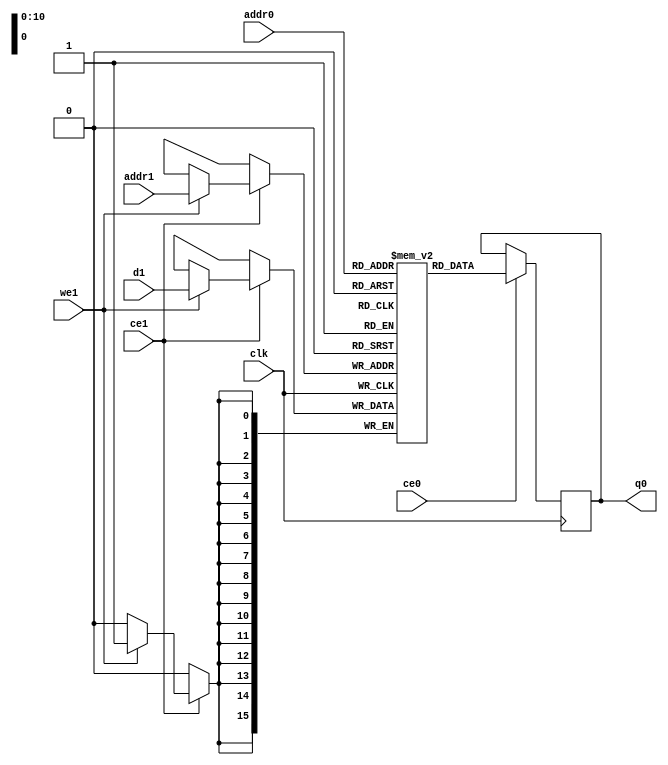
// ==============================================================
// File generated by Vivado(TM) HLS - High-Level Synthesis from C, C++ and SystemC
// Version: 2017.4
// Copyright (C) 1986-2017 Xilinx, Inc. All Rights Reserved.
// 
// ==============================================================

`timescale 1 ns / 1 ps
module line_buffer_12_bucud_ram (addr0, ce0, q0, addr1, ce1, d1, we1,  clk);

parameter DWIDTH = 16;
parameter AWIDTH = 11;
parameter MEM_SIZE = 1056;

input[AWIDTH-1:0] addr0;
input ce0;
output reg[DWIDTH-1:0] q0;
input[AWIDTH-1:0] addr1;
input ce1;
input[DWIDTH-1:0] d1;
input we1;
input clk;

(* ram_style = "block" *)reg [DWIDTH-1:0] ram[0:MEM_SIZE-1];




always @(posedge clk)  
begin 
    if (ce0) 
    begin
            q0 <= ram[addr0];
    end
end


always @(posedge clk)  
begin 
    if (ce1) 
    begin
        if (we1) 
        begin 
            ram[addr1] <= d1; 
        end 
    end
end


endmodule


`timescale 1 ns / 1 ps
module line_buffer_12_bucud(
    reset,
    clk,
    address0,
    ce0,
    q0,
    address1,
    ce1,
    we1,
    d1);

parameter DataWidth = 32'd16;
parameter AddressRange = 32'd1056;
parameter AddressWidth = 32'd11;
input reset;
input clk;
input[AddressWidth - 1:0] address0;
input ce0;
output[DataWidth - 1:0] q0;
input[AddressWidth - 1:0] address1;
input ce1;
input we1;
input[DataWidth - 1:0] d1;



line_buffer_12_bucud_ram line_buffer_12_bucud_ram_U(
    .clk( clk ),
    .addr0( address0 ),
    .ce0( ce0 ),
    .q0( q0 ),
    .addr1( address1 ),
    .ce1( ce1 ),
    .d1( d1 ),
    .we1( we1 ));

endmodule